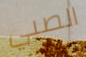
الصبي